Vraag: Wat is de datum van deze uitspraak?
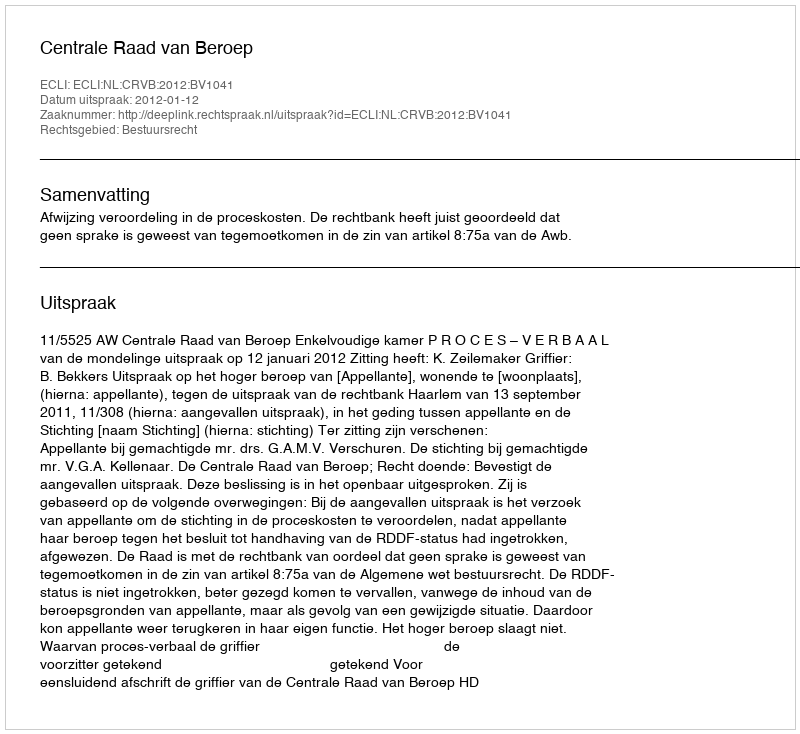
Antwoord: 2012-01-12